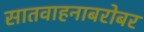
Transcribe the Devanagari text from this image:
सातवाहनाबरोबर